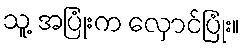
သူ့ အပြုံးက လှောင်ပြုံး။